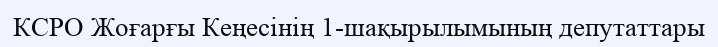
КСРО Жоғарғы Кеңесінің 1-шақырылымының депутаттары